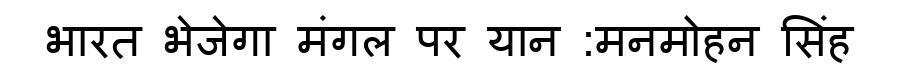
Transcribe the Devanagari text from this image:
भारत भेजेगा मंगल पर यान :मनमोहन सिंह